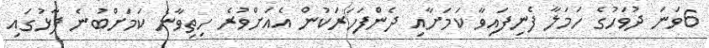
6ވަނަ ދުވަހުގެ ހަމަލާ ފެނިފައިވާ ކަމަށާއި ދެންފަހަރަކުން އެއަށްވުރެ ހިތިވާނެ ކަމަށްބުނެ ފާޅުގައި